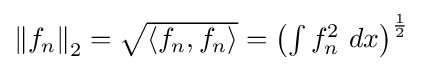
{\textstyle \left\|f_{n}\right\|_{2}={\sqrt {\langle f_{n},f_{n}\rangle }}=\left(\int f_{n}^{2}\ dx\right)^{\frac {1}{2}}}